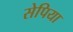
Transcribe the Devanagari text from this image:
सेपिया